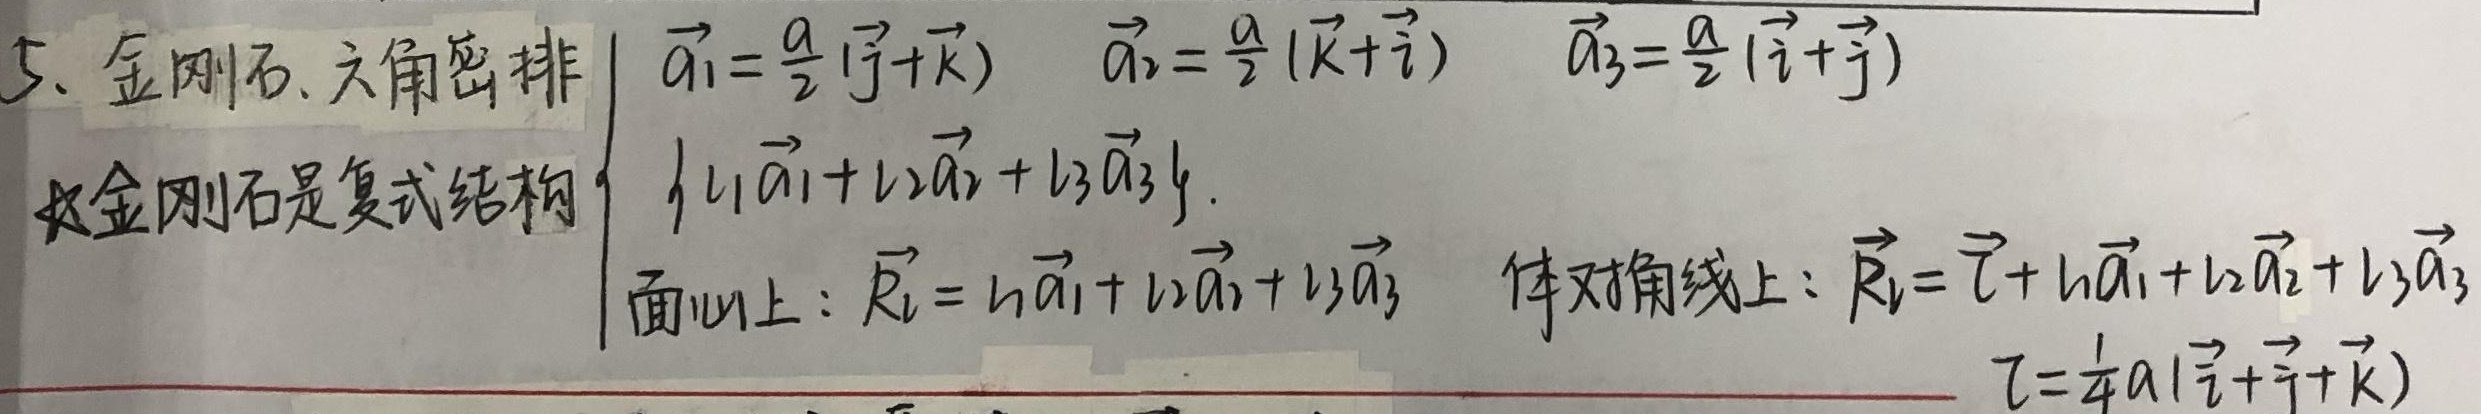
5、金刚石、六角密排
\[
\begin{cases}
\vec{a_1}=\frac{a}{2}(\vec{j}+\vec{k}) \quad \vec{a_2}=\frac{a}{2}(\vec{k}+\vec{i}) \quad \vec{a_3}=\frac{a}{2}(\vec{i}+\vec{j})\\
\{ u_1\vec{a_1}+u_2\vec{a_2}+u_3\vec{a_3} \}\\
\text{面心上}：\vec{R_l} = u_1\vec{a_1}+u_2\vec{a_2}+u_3\vec{a_3} \quad \text{体对角线上}：\vec{R_l}=\vec{\tau}+u_1\vec{a_1}+u_2\vec{a_2}+u_3\vec{a_3}\\
\vec{\tau}=\frac{1}{4}a(\vec{i}+\vec{j}+\vec{k})
\end{cases}
\]
故金刚石是复式结构